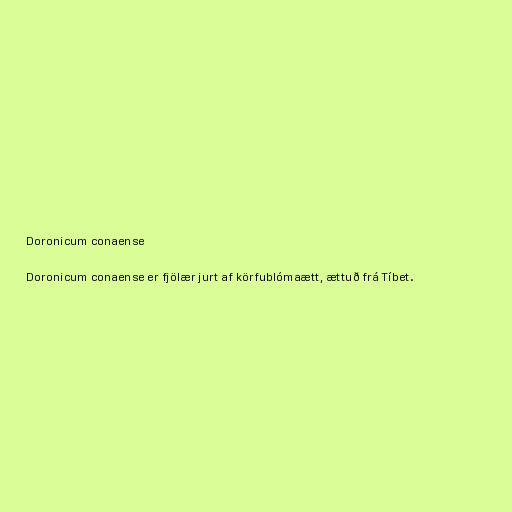
Doronicum conaense

Doronicum conaense er fjölær jurt af körfublómaætt, ættuð frá Tíbet.